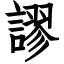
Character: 謬